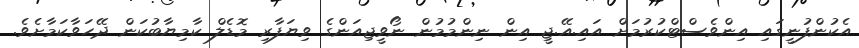
އެކުންފުނީގައި އިންވެސްޓްކުރުމަށް އައި.އޭ.ޖީ އިން ނިންމުމުން ނޯވީޖިއަންގެ ވިޔަފާރި މޮޑެލް ކާމިޔާބުކަން ދޭހަވާކަމާށެވެ.